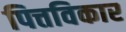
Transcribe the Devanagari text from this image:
पित्तविकार